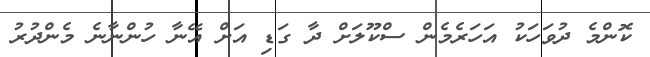
ކޮންމެ ދުވަހަކު އަހަރެމެން ސްކޫލަށް ދާ ގަޑި އަށް އޭނާ ހުންނާނެ މެންދުރު